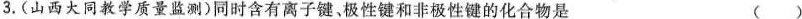
3. (山西大同教学质量监测)同时含有离子键、极性键和非极性键的化合物是 ( )